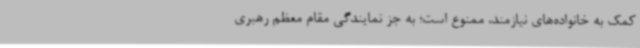
کمک به خانواده‌های نیازمند، ممنوع است؛ به جز نمایندگی مقام معظم رهبری